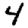
Digit: 4